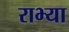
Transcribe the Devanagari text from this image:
राभ्या